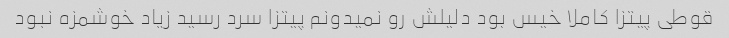
قوطی پیتزا کاملا خیس بود دلیلش رو نمیدونم پیتزا سرد رسید زیاد خوشمزه نبود